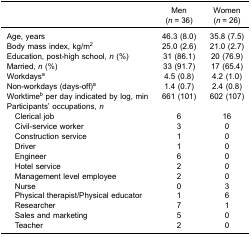
<table><thead><tr><td>[EMPTY_CELL]</td><td><b>Men(<i>n</i> = 36)</b></td><td><b>Women(<i>n</i> = 26)</b></td></tr></thead><tbody><tr><td>Age, years</td><td>46.3 (8.0)</td><td>35.8 (7.5)</td></tr><tr><td>Body mass index, kg/m<sup>2</sup></td><td>25.0 (2.6)</td><td>21.0 (2.7)</td></tr><tr><td>Education, post-high school, <i>n</i> (%)</td><td>31 (86.1)</td><td>20 (76.9)</td></tr><tr><td>Married, <i>n</i> (%)</td><td>33 (91.7)</td><td>17 (65.4)</td></tr><tr><td>Workdays<sup>a</sup></td><td>4.5 (0.8)</td><td>4.2 (1.0)</td></tr><tr><td>Non-workdays (days-off)<sup>a</sup></td><td>1.4 (0.7)</td><td>2.4 (0.8)</td></tr><tr><td>Worktime<sup>b</sup> per day indicated by log, min</td><td>661 (101)</td><td>602 (107)</td></tr><tr><td>Participants’ occupations, <i>n</i></td><td>[EMPTY_CELL]</td><td>[EMPTY_CELL]</td></tr><tr><td> Clerical job</td><td>6</td><td>16</td></tr><tr><td> Civil-service worker</td><td>3</td><td>0</td></tr><tr><td> Construction service</td><td>1</td><td>0</td></tr><tr><td> Driver</td><td>1</td><td>0</td></tr><tr><td> Engineer</td><td>6</td><td>0</td></tr><tr><td> Hotel service</td><td>2</td><td>0</td></tr><tr><td> Management level employee</td><td>2</td><td>0</td></tr><tr><td> Nurse</td><td>0</td><td>3</td></tr><tr><td> Physical therapist/Physical educator</td><td>1</td><td>6</td></tr><tr><td> Researcher</td><td>7</td><td>1</td></tr><tr><td> Sales and marketing</td><td>5</td><td>0</td></tr><tr><td> Teacher</td><td>2</td><td>0</td></tr></tbody></table>